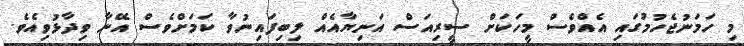
މި ހަމަނުޖެހުމުގައި އެއްވެސް މީހަކަށް ސީރިއަސް އަނިޔާއެއް ލިބިފައިނުވާ ކަމަށްވެސް އޭނާ ވިދާޅުވިއެވެ.